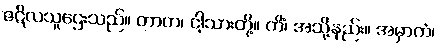
ဇဋိလသူဌေးသည်။ တာတ၊ ငါ့သားတို့။ ကိံ၊ အသို့နည်း။ အမှာကံ၊